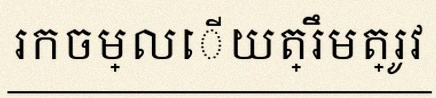
រកចម្លើយត្រឹមត្រូវ